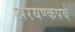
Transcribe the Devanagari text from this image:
अरयण्कपर्व